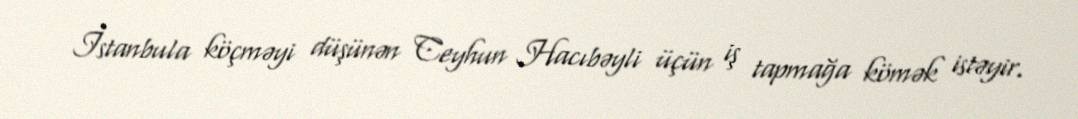
İstanbula köçməyi düşünən Ceyhun Hacıbəyli üçün iş tapmağa kömək istəyir.